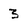
Character: 3